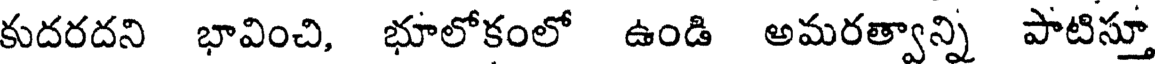
కుదరదని భావించి, భూలోకంలో ఉండి అమరత్వాన్ని పాటిస్తూ